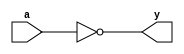
module my_invertor(y,a);
  input a;
  output y;
  //initial begin
    assign y=~a;
  //end
  
endmodule